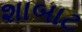
શાબાટ